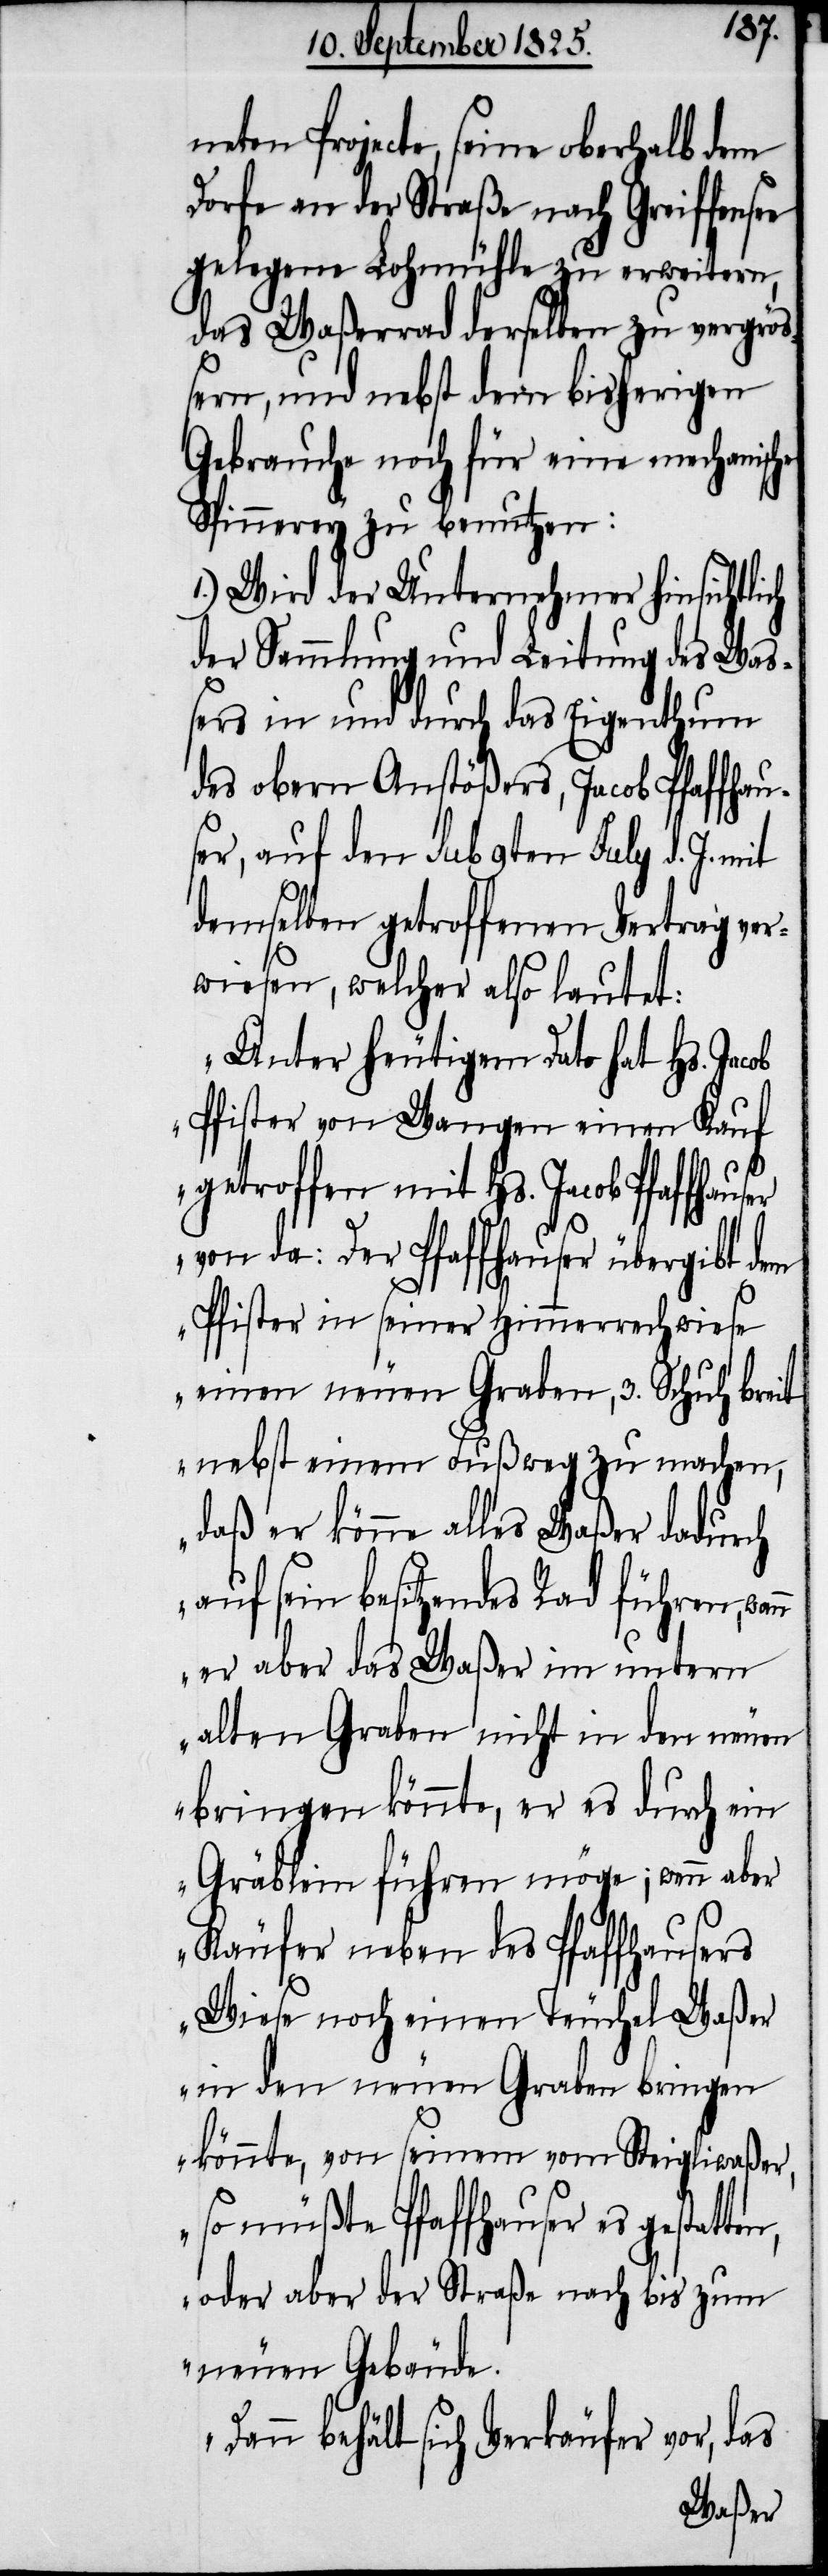
neten Projecte, seine oberhalb dem
Dorfe an der Straße nach Greiffense¬
e gelegene Lohmühle zu erweitern,
das Waßerrad derselben zu vergrös¬
sern, und nebstdem bisherigen
Gebrauche noch für eine mechanische
Spinnerey zu benutzen:
1.) Wird der Unternehmer hinsichtlich
der Sammlung und Leitung des Was¬
sers in und durch das Eigenthum
des obern Anstößers, Jacob Pfaffhau¬
ser, auf den sub 9ten July d. J.
demselben getroffenen Vertrag ver¬
wiesen, welcher also lautet:
„Unter heutigem Dato hat Hs. Jac¬
ob Pfister von Wangen einen Kauf
getroffen mit Hs. Jacob Pfaffh¬
von da: Der Pfaffhauser übergibt dem
Pfister in seiner Himmerrechwiese
einen neuen Graben, 3. Schuh breit
nebst einem Fußweg zu machen,
daß er könne alles Waßer dadurch
auf sein besitzendes Rad führen,
er aber das Waßer im unterm
alten Graben nicht in den neuen
bringen könnte, er es durch ein
Gräblein führen möge; wenn aber
Käufer neben des Pfaffhausers
Wiese noch einen Teuchel Waßer
in den neuen Graben bringen
könnte, von seinem vom Steigliwaßer,
so müßte Pfaffhauser es gestat¬
oder aber der Straße nach bis zum
neuen Gebäude.
Dann behält sich Verkäufer vor, das
ten,